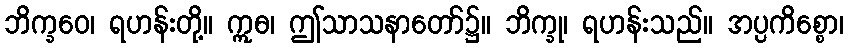
ဘိက္ခဝေ၊ ရဟန်းတို့။ ဣဓ၊ ဤသာသနာတော်၌။ ဘိက္ခု၊ ရဟန်းသည်။ အပ္ပကိစ္စော၊